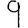
Digit: 9